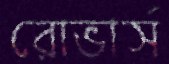
রোভার্স